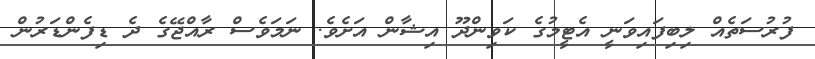
ފުރުސަތެއް ލިބިފައިވަނީ އެޓީމުގެ ކަވިންދޫ އިޝާން އަށެވެ. ނަމަވެސް ރާއްޖޭގެ ދެ ޑިފެންޑަރުން